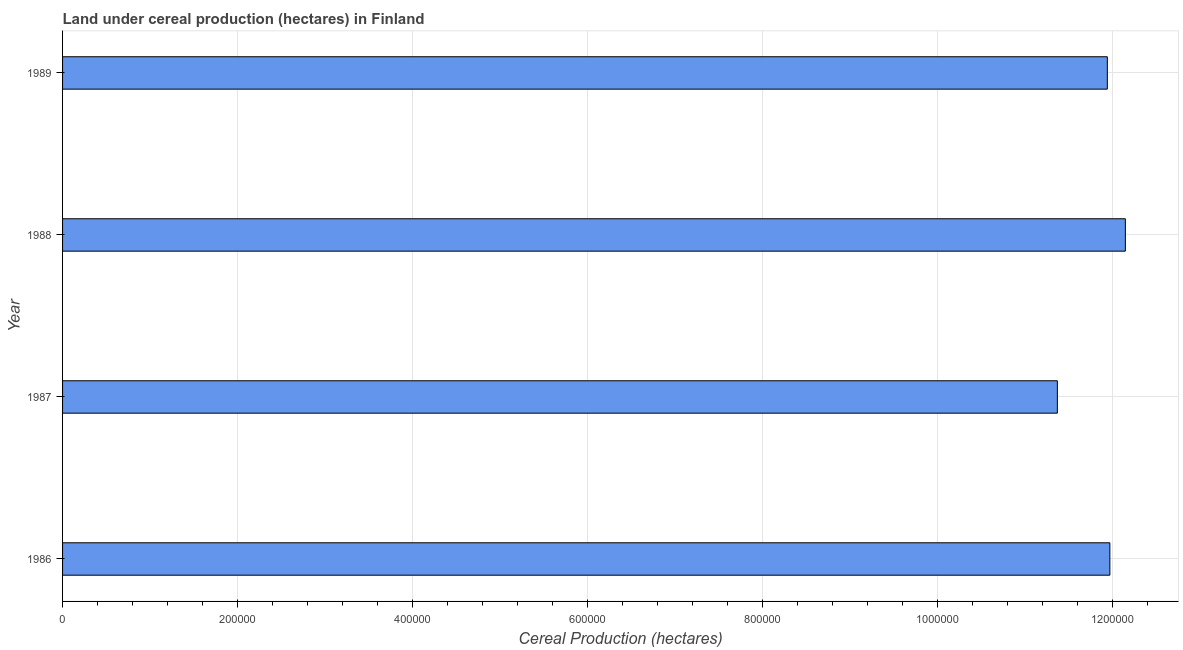
| Year | Land under cereal production (hectares) |
 | --- | --- |
 | 1986 | 1.2e+06 |
 | 1987 | 1.14e+06 |
 | 1988 | 1.21e+06 |
 | 1989 | 1.19e+06 |